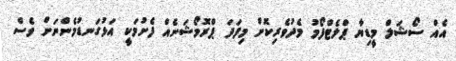
އެއް ސޯޝަލް މީޑިޔާ ޕްލެޓްފޯމު މެދުވެރިކޮށް މިފަދަ ޕްރޮމޯޝަނެއް ފެށުމަކީ އަޅުގަނޑުމެންނަށް ވެސް